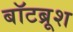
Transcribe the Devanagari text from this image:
बॉटब्रूश